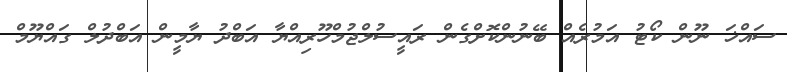
ސައްޚަ ނޫން ކޯޓު އަމުރެއް ބޭނުންކޮށްގެން ރައީސުލްޖުމްހޫރިއްޔާ އަބްދު ޔާމީން އަބްދުލް ގައްޔޫމް